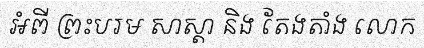
អំពី ព្រះបរម សាស្តា និង តែងតាំង លោក